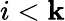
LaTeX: i<\mathbf{k}